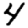
Digit: 4